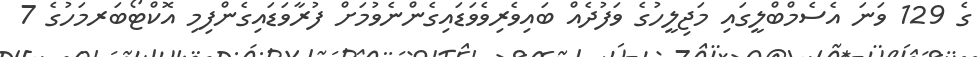
ގެ 129 ވަނަ އެސެމްބްލީގައި މަޖިލީހުގެ ވަފުދެއް ބައިވެރިވެވަޑައިގެންނެވުމަށް ފުރާވަޑައިގެންފިމި އޮކްޓޯބަރމަހުގެ 7